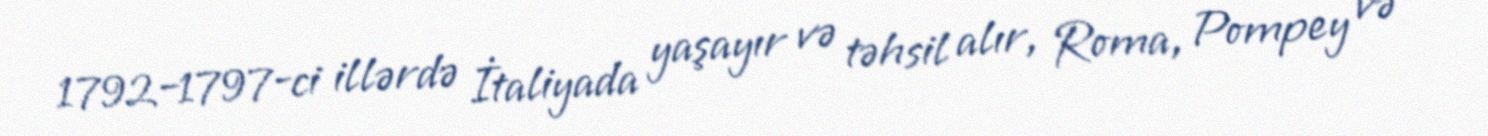
1792–1797-ci illərdə İtaliyada yaşayır və təhsil alır, Roma, Pompey və